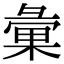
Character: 彙